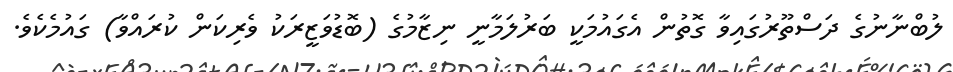
ލުބްނާނުގެ ދަސްތޫރުގައިވާ ގޮތުން އެގައުމަކީ ބަރުލަމާނީ ނިޒާމުގެ (ބޮޑުވަޒީރަކު ވެރިކަން ކުރައްވާ) ގައުމެކެވެ.